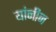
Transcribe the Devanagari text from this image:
यांनीन